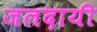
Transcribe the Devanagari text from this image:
जलदायी